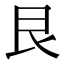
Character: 艮